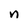
Character: n